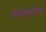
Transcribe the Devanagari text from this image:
वर्गसंघर्षावरील